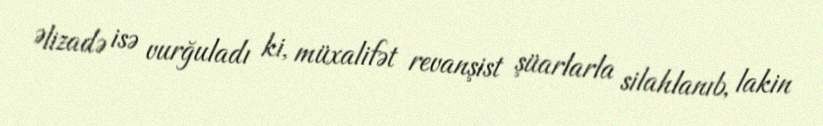
Əlizadə isə vurğuladı ki, müxalifət revanşist şüarlarla silahlanıb, lakin